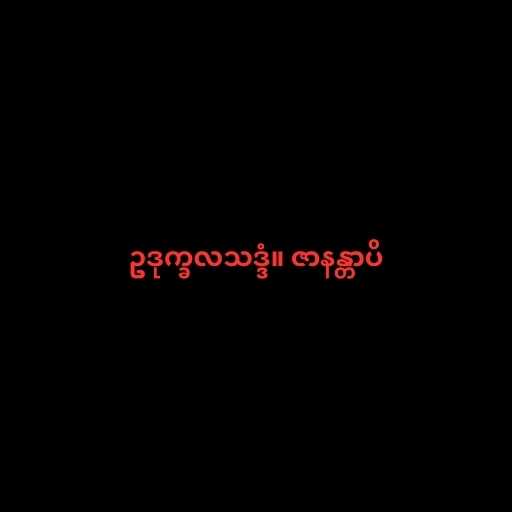
ဥဒုက္ခလသဒ္ဒံ။ ဇာနန္တာပိ